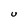
Character: U